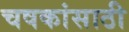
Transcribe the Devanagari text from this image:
चषकांसाठी